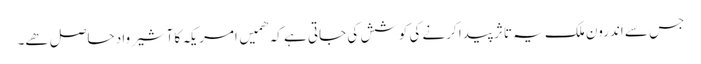
جس سے اندرون ملک یہ تاثر پیدا کرنے کی کوشش کی جاتی ہے کہ ھمیں امریکہ کا آشیرواد حاصل ھے۔